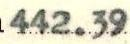
442.39